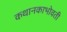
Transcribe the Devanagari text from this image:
कथानकाभोवती